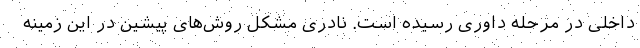
داخلی در مرحله داوری رسیده است. نادری مشکل روش‌های پیشین در این زمینه